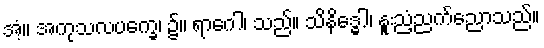
အံ့။ အကုသလပက္ခေ၊ ၌။ ရာဂေါ၊ သည်။ သိနိဒ္ဓေါ၊ နူးညံ့ညက်ညောသည်။